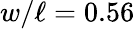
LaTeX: w/\ell=0.56